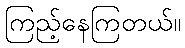
ကြည့်နေကြတယ်။